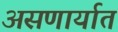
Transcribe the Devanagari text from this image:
असणार्यात